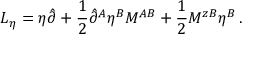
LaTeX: { \cal L } _ { \eta } = \eta \hat { \partial } + \frac { 1 } { 2 } \hat { \partial } ^ { A } \eta ^ { B } M ^ { A B } + \frac { 1 } { 2 } M ^ { z B } \eta ^ { B } \, .